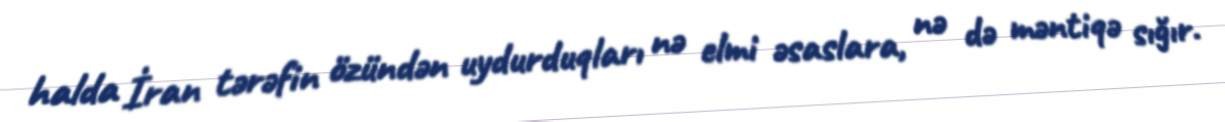
halda İran tərəfin özündən uydurduqları nə elmi əsaslara, nə də məntiqə sığır.